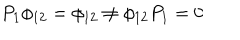
P _ { 1 } \phi _ { 1 2 } = \phi _ { 1 2 } \neq \phi _ { 1 2 } P _ { 1 } = 0